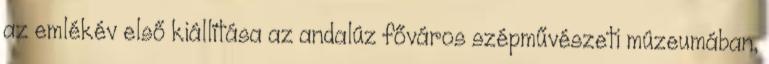
az emlékév első kiállítása az andalúz főváros szépművészeti múzeumában,